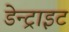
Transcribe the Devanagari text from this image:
डेन्ट्राइट